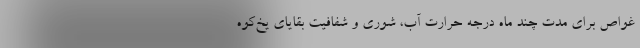
غواص برای مدت چند ماه درجه حرارت آب، شوری و شفافیت بقایای یخ‌کوه